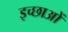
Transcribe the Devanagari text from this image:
इच्छाआें